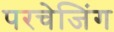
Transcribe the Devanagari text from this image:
परचेजिंग